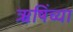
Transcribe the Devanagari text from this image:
ऋषिंच्या